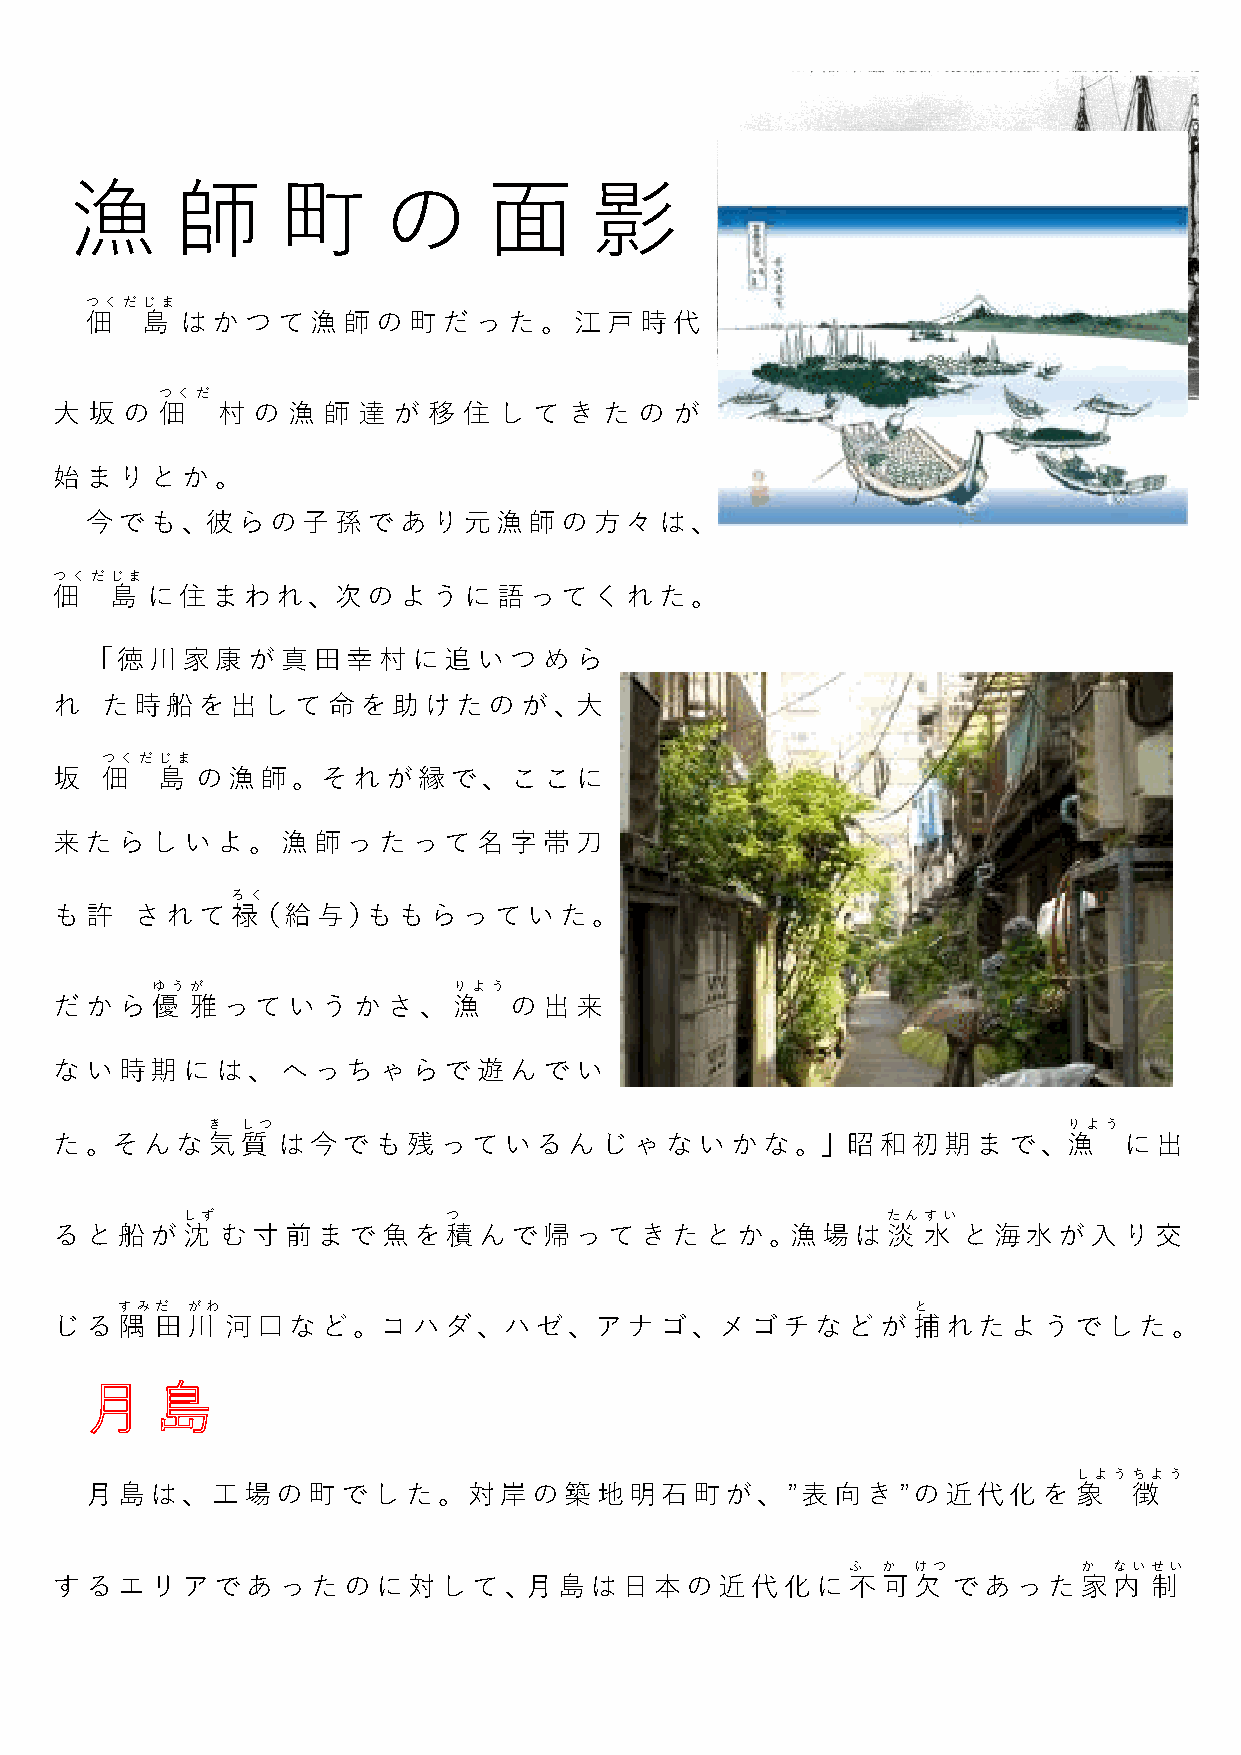
漁     師      町      の      面      影
 つくだじま
 佃  島  はかつて漁師の町だった。江戸時代
 つくだ
 大 坂 の 佃   村  の 漁 師  達 が 移  住 し て  き た の  が
 始まりとか。
 今でも、彼らの子孫であり元漁師の方々は、
 つくだじま
 佃  島  に住まわれ、次のように語ってくれた。
 「徳川家康が真田幸村に追いつめら
 れ  た時船を出して命を助けたのが、大
 つくだじま
 坂  佃  島  の漁師。それが縁で、ここに
 来たらしいよ。漁師ったって名字帯刀
 ろく
 も許   されて禄（給与）ももらっていた。
 ゆうが                 りよう
 だから優     雅っていうかさ、漁            の出来
 ない時期には、へっちゃらで遊んでい
 き しつ                                                     りよう
 た。そんな気質       は今でも残っているんじゃないかな。」昭和初期まで、漁                              に出
 しず                つ                            たんすい
 ると船が沈      む寸前まで魚を積んで帰ってきたとか。漁場は淡                        水  と海水が入り交
 すみだ がわ                                              と
 じる隅   田川   河口など。コハダ、ハゼ、アナゴ、メゴチなどが捕れたようでした。
 しようちよう
 月島は、工場の町でした。対岸の築地明石町が、”表向き”の近代化を                                 象   徴
 ふ か けつ          か ないせい
 するエリアであったのに対して、月島は日本の近代化に                           不可欠    であった家内       制